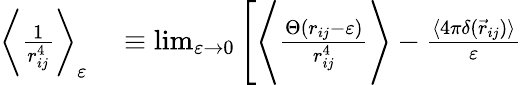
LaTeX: \begin{array}{rl}{\bigg\langle\frac{1}{r_{ij}^{4}}\bigg\rangle_{\varepsilon}}&{{}\equiv\operatorname*{lim}_{\varepsilon\rightarrow 0}\Bigg[\Bigg\langle\frac{\Theta(r_{ij}-\varepsilon)}{r_{ij}^{4}}\Bigg\rangle-\frac{\langle 4\pi\delta(\vec{r}_{ij})\rangle}{\varepsilon}}\end{array}